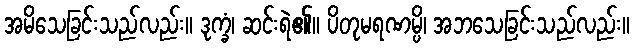
အမိသေခြင်းသည်လည်း။ ဒုက္ခံ၊ ဆင်းရဲ၏။ ပိတုမရဏမ္ပိ၊ အဘသေခြင်းသည်လည်း။